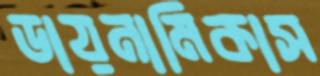
ডায়নামিকাস